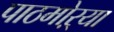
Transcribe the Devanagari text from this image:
पाठमोऱ्या